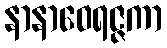
နာနာဝေရဇ္ဇကာ